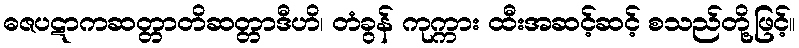
ဓဇပဋာကဆတ္တာတိဆတ္တာဒီဟိ၊ တံခွန် ကုက္ကား ထီးအဆင့်ဆင့် စသည်တို့ဖြင့်။